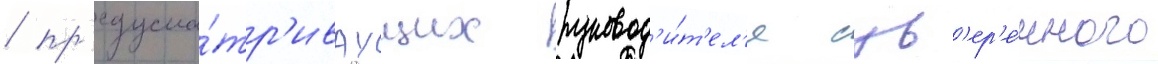
/ пр'едусма́тр'иваущих руковод'и́т'ел'я сув'ер'е́нного